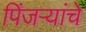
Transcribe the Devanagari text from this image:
पिंजऱ्यांचे